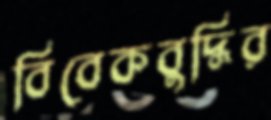
বিবেকবুদ্ধির